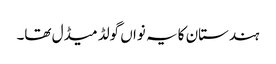
ہندستان کا یہ نواں گولڈ میڈل تھا۔